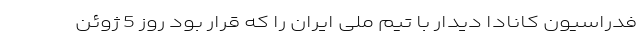
فدراسیون کانادا دیدار با تیم ملی ایران را که قرار بود روز 5 ژوئن